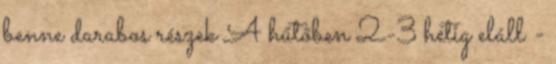
benne darabos részek A hűtőben 2-3 hétig eláll -